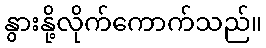
နွားနို့လိုက်ကောက်သည်။